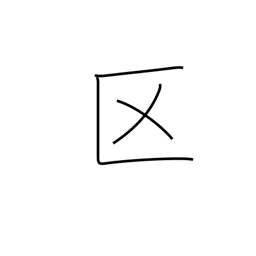
Meaning: ward